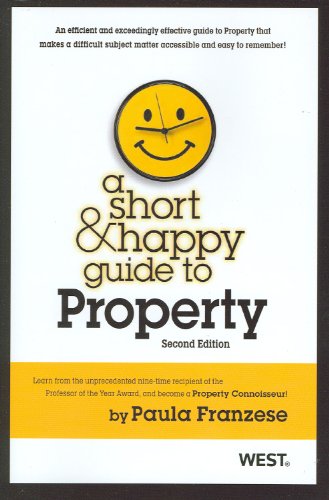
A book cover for A Short and Happy Guide to Property (Short and Happy Series); Paula Franzese; Law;